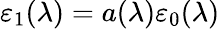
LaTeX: \varepsilon_{1}(\lambda)=a(\lambda)\varepsilon_{0}(\lambda)